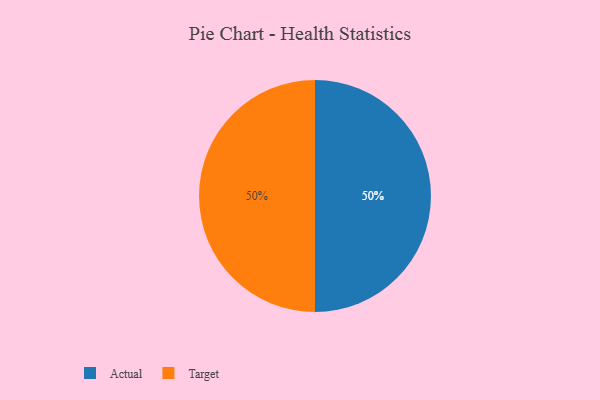
{"axis": {"x": "Category", "y": "Percentage"}, "legend": ["Actual", "Target"], "data": [{"x": "Actual", "y": 50, "type": "Actual"}, {"x": "Target", "y": 50, "type": "Target"}]}